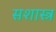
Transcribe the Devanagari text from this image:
सशास्त्र